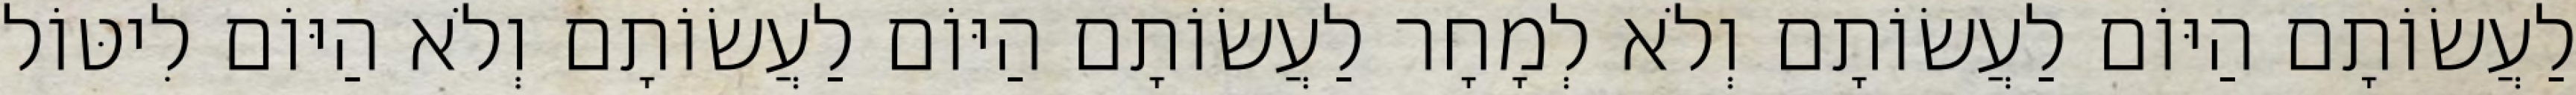
לַעֲשׂוֹתָם הַיּוֹם לַעֲשׂוֹתָם וְלֹא לְמָחָר לַעֲשׂוֹתָם הַיּוֹם לַעֲשׂוֹתָם וְלֹא הַיּוֹם לִיטּוֹל